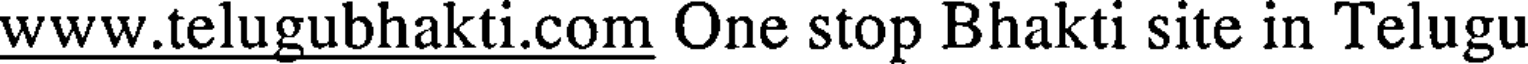
www.telugubhakti.com One stop Bhakti site in Telugu